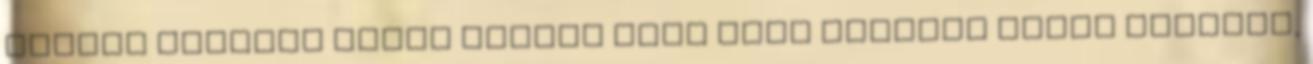
elmúlt hónapok alatt Király több mint tizenöt kilót fogyott,